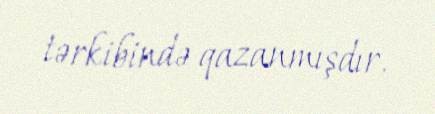
tərkibində qazanmışdır.